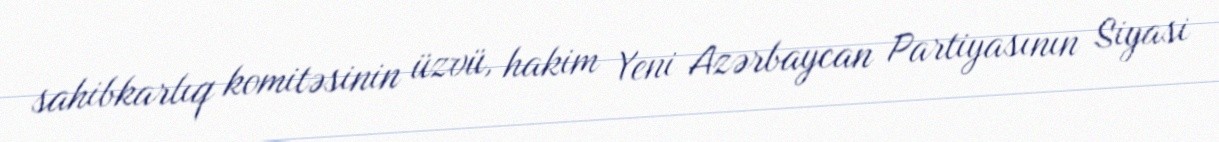
sahibkarlıq komitəsinin üzvü, hakim Yeni Azərbaycan Partiyasının Siyasi